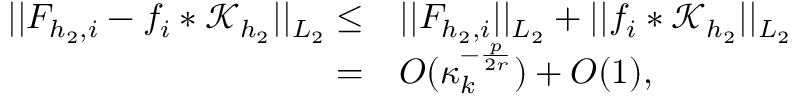
\begin{array} { r l } { \vert \vert F _ { { h _ { 2 } } , i } - f _ { i } * \mathcal { K } _ { h _ { 2 } } \vert \vert _ { L _ { 2 } } \le } & { \vert \vert F _ { { h _ { 2 } } , i } \vert \vert _ { L _ { 2 } } + \vert \vert f _ { i } * \mathcal { K } _ { h _ { 2 } } \vert \vert _ { L _ { 2 } } } \\ { = } & { O ( \kappa _ { k } ^ { - \frac { p } { 2 r } } ) + O ( 1 ) , } \end{array}